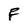
Character: F